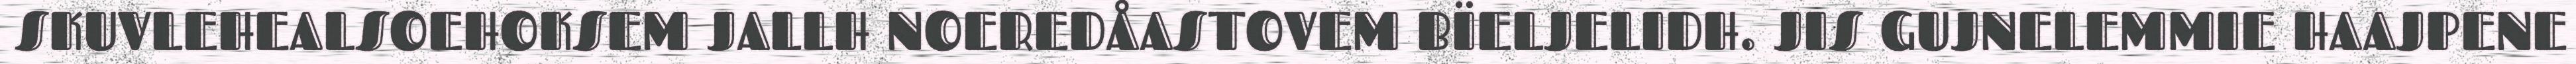
SKUVLEHEALSOEHOKSEM JALLH NOEREDÅASTOVEM BÏELJELIDH. JIS GUJNELEMMIE HAAJPENE